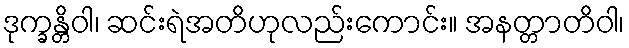
ဒုက္ခန္တိဝါ၊ ဆင်းရဲအတိဟုလည်းကောင်း။ အနတ္တာတိဝါ၊